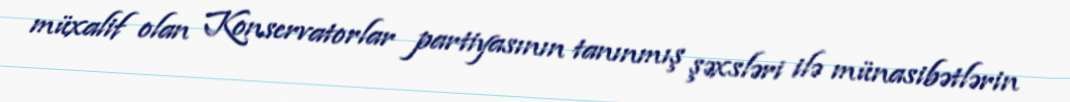
müxalif olan Konservatorlar partiyasının tanınmış şəxsləri ilə münasibətlərin